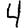
Digit: 4